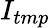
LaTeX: I_{tmp}